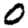
Digit: 0